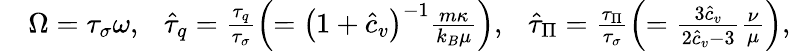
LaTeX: \begin{array}{rl}&{\Omega=\tau_{\sigma}\omega,\ \ \ \hat{\tau}_{q}=\frac{\tau_{q}}{\tau_{\sigma}}\left(=\left(1+{\hat{c}_{v}}\right)^{-1}\frac{m\kappa}{k_{B}\mu}\right),\ \ \ \hat{\tau}_{\Pi}=\frac{\tau_{\Pi}}{\tau_{\sigma}}\left(=\frac{3\hat{c}_{v}}{2\hat{c}_{v}-3}\frac{\nu}{\mu}\right),}\end{array}